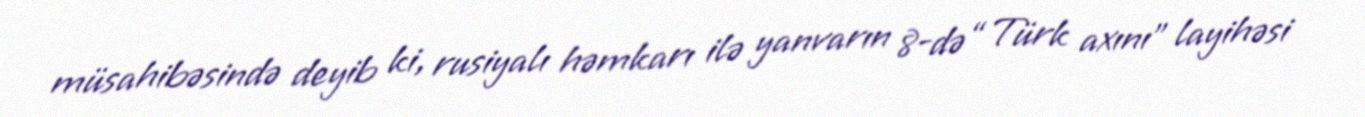
müsahibəsində deyib ki, rusiyalı həmkarı ilə yanvarın 8-də “Türk axını” layihəsi